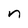
Character: n